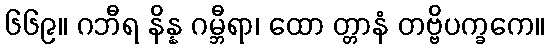
၆၆၉။ ဂဘီရ နိန္န ဂမ္ဘီရာ၊ ထော တ္တာနံ တဗ္ဗိပက္ခကေ။